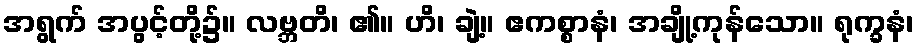
အရွက် အပွင့်တို့၌။ လဗ္ဘတိ၊ ၏။ ဟိ၊ ချဲ့။ ဧကစ္စာနံ၊ အချို့ကုန်သော။ ရုက္ခနံ၊